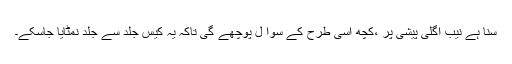
سنا ہے نیب اگلی پیشی پر ،کچھ اسی طرح کے سوا ل پوچھے گی تاکہ یہ کیس جلد سے جلد نمٹایا جاسکے۔